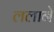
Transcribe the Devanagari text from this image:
ललाने